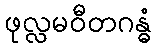
ဖုလ္လမဝီတဂန္ဓံ